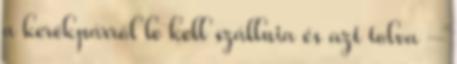
a kerékpárról le kell szállnia és azt tolva –